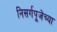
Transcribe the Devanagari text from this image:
निसर्गपूजेच्या